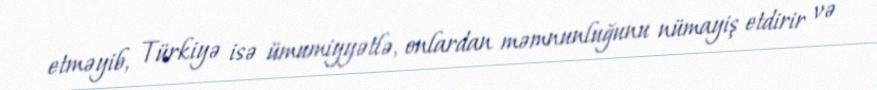
etməyib, Türkiyə isə ümumiyyətlə, onlardan məmnunluğunu nümayiş etdirir və